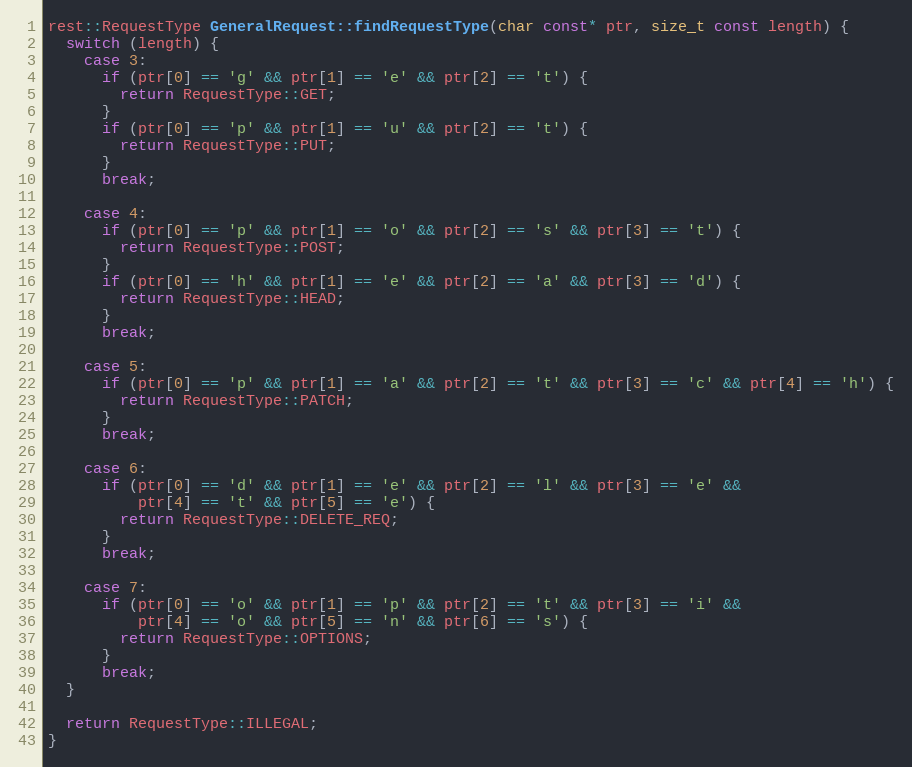
Language: C++
rest::RequestType GeneralRequest::findRequestType(char const* ptr, size_t const length) {
  switch (length) {
    case 3:
      if (ptr[0] == 'g' && ptr[1] == 'e' && ptr[2] == 't') {
        return RequestType::GET;
      }
      if (ptr[0] == 'p' && ptr[1] == 'u' && ptr[2] == 't') {
        return RequestType::PUT;
      }
      break;

    case 4:
      if (ptr[0] == 'p' && ptr[1] == 'o' && ptr[2] == 's' && ptr[3] == 't') {
        return RequestType::POST;
      }
      if (ptr[0] == 'h' && ptr[1] == 'e' && ptr[2] == 'a' && ptr[3] == 'd') {
        return RequestType::HEAD;
      }
      break;

    case 5:
      if (ptr[0] == 'p' && ptr[1] == 'a' && ptr[2] == 't' && ptr[3] == 'c' && ptr[4] == 'h') {
        return RequestType::PATCH;
      }
      break;

    case 6:
      if (ptr[0] == 'd' && ptr[1] == 'e' && ptr[2] == 'l' && ptr[3] == 'e' &&
          ptr[4] == 't' && ptr[5] == 'e') {
        return RequestType::DELETE_REQ;
      }
      break;

    case 7:
      if (ptr[0] == 'o' && ptr[1] == 'p' && ptr[2] == 't' && ptr[3] == 'i' &&
          ptr[4] == 'o' && ptr[5] == 'n' && ptr[6] == 's') {
        return RequestType::OPTIONS;
      }
      break;
  }

  return RequestType::ILLEGAL;
}